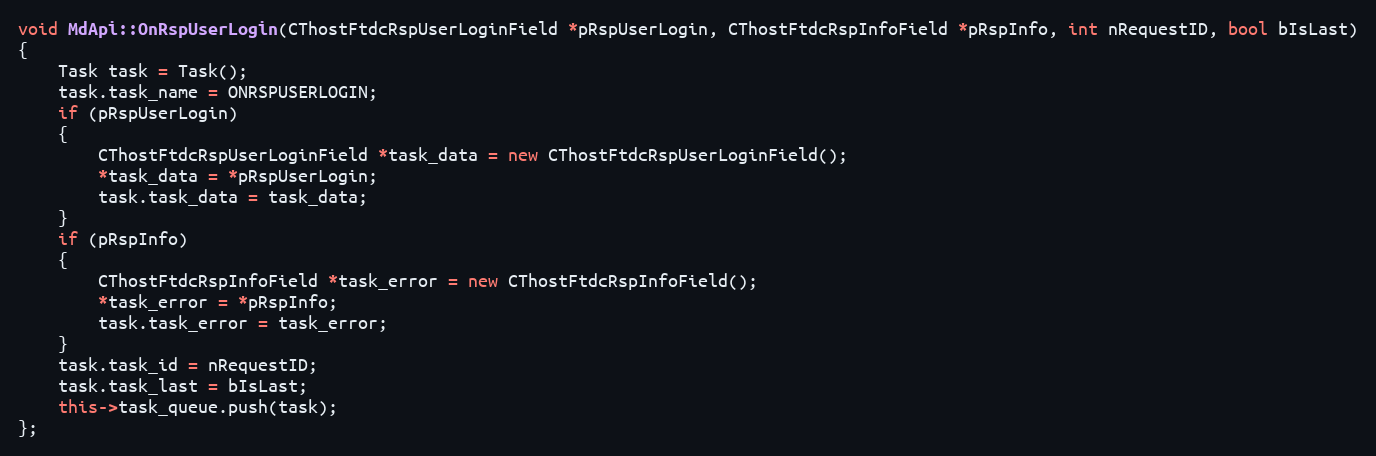
Language: C++
void MdApi::OnRspUserLogin(CThostFtdcRspUserLoginField *pRspUserLogin, CThostFtdcRspInfoField *pRspInfo, int nRequestID, bool bIsLast)
{
	Task task = Task();
	task.task_name = ONRSPUSERLOGIN;
	if (pRspUserLogin)
	{
		CThostFtdcRspUserLoginField *task_data = new CThostFtdcRspUserLoginField();
		*task_data = *pRspUserLogin;
		task.task_data = task_data;
	}
	if (pRspInfo)
	{
		CThostFtdcRspInfoField *task_error = new CThostFtdcRspInfoField();
		*task_error = *pRspInfo;
		task.task_error = task_error;
	}
	task.task_id = nRequestID;
	task.task_last = bIsLast;
	this->task_queue.push(task);
};